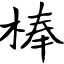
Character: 棒